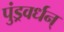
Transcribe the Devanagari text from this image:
पुंड्रवर्धन्